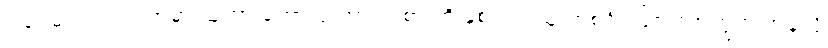
ဒါပေမယ့် တစ်ဖက်မှာ သူဟာ ဘောလုံးအားကစားကို နှစ်သက်သူ တစ်ဦး ဖြစ်တဲ့အတွက် အခုလို